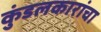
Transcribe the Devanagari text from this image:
कुंडलकारांचा